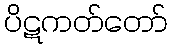
ပိဋကတ်တော်